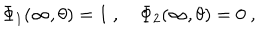
\Phi _ { 1 } ( \infty , \theta ) = 1 \ , \Phi _ { 2 } ( \infty , \theta ) = 0 \ ,